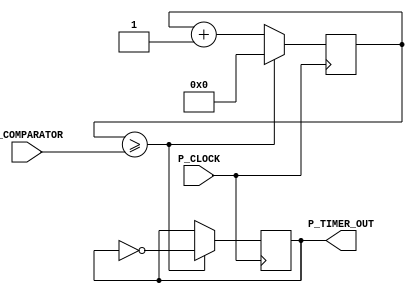
/*
 * ClockDivider.v
 *
 *  ___       _         _   _       _ ___ _ _ ___
 *	| __._ _ _| |_ ___ _| |_| |___ _| | . | \ |_ _|
 *	| _>| ' ' | . / ._/ . / . / ._/ . |   |   || |
 *	|___|_|_|_|___\___\___\___\___\___|_|_|_\_||_|
 *
 *
 *      Web		: www.embeddedant.org
 *		  Device : EP4CE22F17C6N
 *		  Board  : DEO-NANO
 *
 *      Revision History:
 *			Rev 1.0.0 - (ErnestoARC) First created 19/06/2015.
 */    
module ClockDivider
	#(parameter Bits_counter = 32)
	 (	input  P_CLOCK,
		output P_TIMER_OUT,
		input  [Bits_counter-1:0] P_COMPARATOR);
//=======================================================
//  PARAMETER declarations
//=======================================================


//=======================================================
//  PORT declarations
//=======================================================


//=======================================================
//  REG/WIRE declarations
//=======================================================
   reg [Bits_counter-1:0] r_Timer;
   reg r_Result;
	
//=======================================================
//  Structural coding
//=======================================================
   always @(posedge P_CLOCK)
	begin
		if (r_Timer >= P_COMPARATOR)
			begin
			     r_Result <= !r_Result;
			     r_Timer <= 0;
			end		
		else
		   begin
			     r_Timer <= r_Timer+1; 
				  r_Result <= r_Result;
		   end
	end	
//=======================================================
// 			Connections & assigns
//=======================================================
assign P_TIMER_OUT = r_Result; 

endmodule